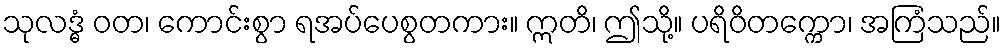
သုလဒ္ဓံ ဝတ၊ ကောင်းစွာ ရအပ်ပေစွတကား။ ဣတိ၊ ဤသို့။ ပရိဝိတက္ကော၊ အကြံသည်။